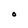
Character: O